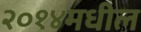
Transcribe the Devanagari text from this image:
२०१४मधील